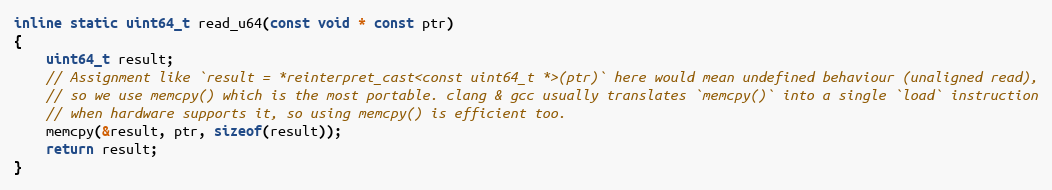
Language: C
inline static uint64_t read_u64(const void * const ptr)
{
    uint64_t result;
    // Assignment like `result = *reinterpret_cast<const uint64_t *>(ptr)` here would mean undefined behaviour (unaligned read),
    // so we use memcpy() which is the most portable. clang & gcc usually translates `memcpy()` into a single `load` instruction
    // when hardware supports it, so using memcpy() is efficient too.
    memcpy(&result, ptr, sizeof(result));
    return result;
}